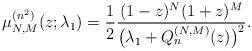
LaTeX: \begin{gather*} \mu _{N,M}^{(n^{2})}(z;\lambda _{1})=\frac{1}{2}\frac{( 1-z) ^{N}(1+z) ^{M}}{\big( \lambda _{1}+Q_{n}^{( N,M) }(z) \big) ^{2}}.\end{gather*}